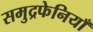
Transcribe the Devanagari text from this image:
समुद्रफेनियाँ